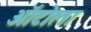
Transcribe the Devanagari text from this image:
ऑटोला